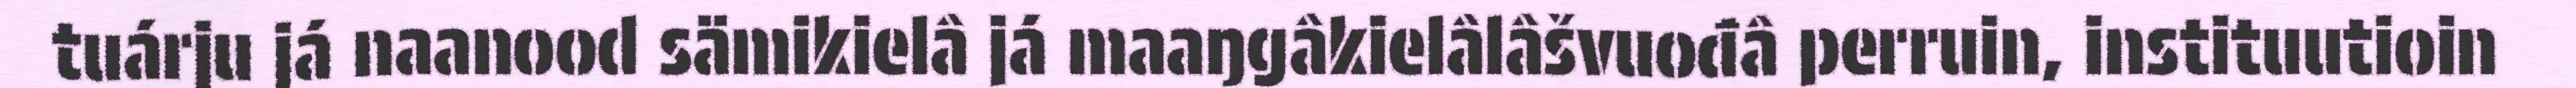
tuárju já naanood sämikielâ já maaŋgâkielâlâšvuođâ perruin, instituutioin